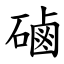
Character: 磠